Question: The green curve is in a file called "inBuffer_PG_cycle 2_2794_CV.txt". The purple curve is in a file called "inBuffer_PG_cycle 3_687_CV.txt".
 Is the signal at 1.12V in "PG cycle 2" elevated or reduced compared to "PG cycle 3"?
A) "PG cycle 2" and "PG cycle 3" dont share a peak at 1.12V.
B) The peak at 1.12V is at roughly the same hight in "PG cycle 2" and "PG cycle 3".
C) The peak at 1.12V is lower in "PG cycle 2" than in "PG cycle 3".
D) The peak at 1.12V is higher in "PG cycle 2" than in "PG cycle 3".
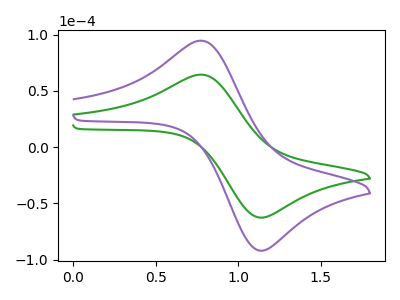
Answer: <think>The green curve "PG cycle 2" has an anodic peak at (0.80V, 64.35uA) and a cathodic peak at (1.10V, -62.45uA). The purple curve "PG cycle 3" has an anodic peak at (0.80V, 94.55uA) and a cathodic peak at (1.10V, -91.70uA).</think>
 <answer>C) The peak at 1.12V is lower in "PG cycle 2" than in "PG cycle 3".</answer>
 <eval>C</eval>